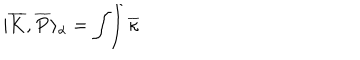
LaTeX: | \overline { { { K } } } , \overline { { { P } } } \rangle _ { \alpha } = \int \! \! \int \overline { { { \kappa } } }